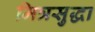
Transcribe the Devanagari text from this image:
मित्रसुद्धा